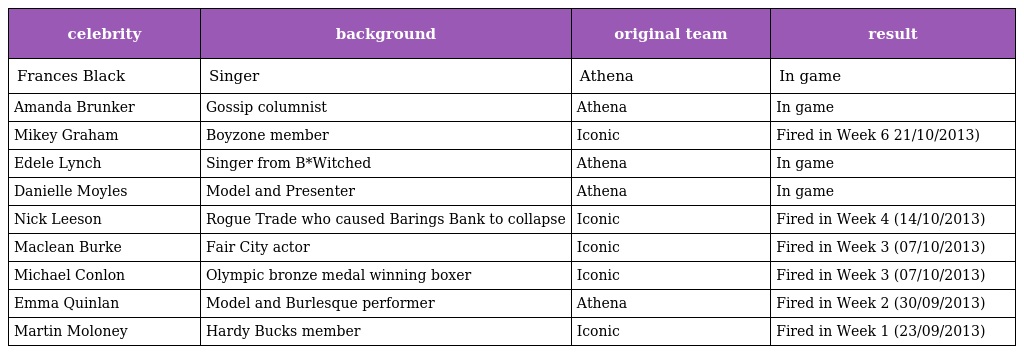
| celebrity | background | original team | result |
 | --- | --- | --- | --- |
 | Frances Black | Singer | Athena | In game |
 | Amanda Brunker | Gossip columnist | Athena | In game |
 | Mikey Graham | Boyzone member | Iconic | Fired in Week 6 21/10/2013) |
 | Edele Lynch | Singer from B*Witched | Athena | In game |
 | Danielle Moyles | Model and Presenter | Athena | In game |
 | Nick Leeson | Rogue Trade who caused Barings Bank to collapse | Iconic | Fired in Week 4 (14/10/2013) |
 | Maclean Burke | Fair City actor | Iconic | Fired in Week 3 (07/10/2013) |
 | Michael Conlon | Olympic bronze medal winning boxer | Iconic | Fired in Week 3 (07/10/2013) |
 | Emma Quinlan | Model and Burlesque performer | Athena | Fired in Week 2 (30/09/2013) |
 | Martin Moloney | Hardy Bucks member | Iconic | Fired in Week 1 (23/09/2013) |